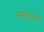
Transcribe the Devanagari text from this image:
बासीगुलपो